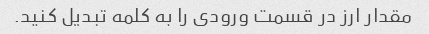
مقدار ارز در قسمت ورودی را به کلمه تبدیل کنید.